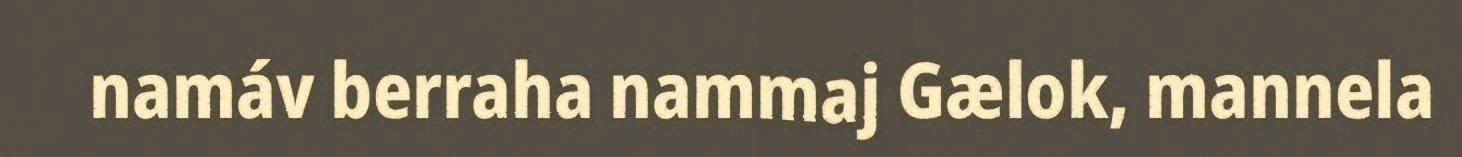
namáv berraha nammaj Gælok, mannela